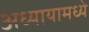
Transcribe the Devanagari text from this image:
अध्यायामध्ये